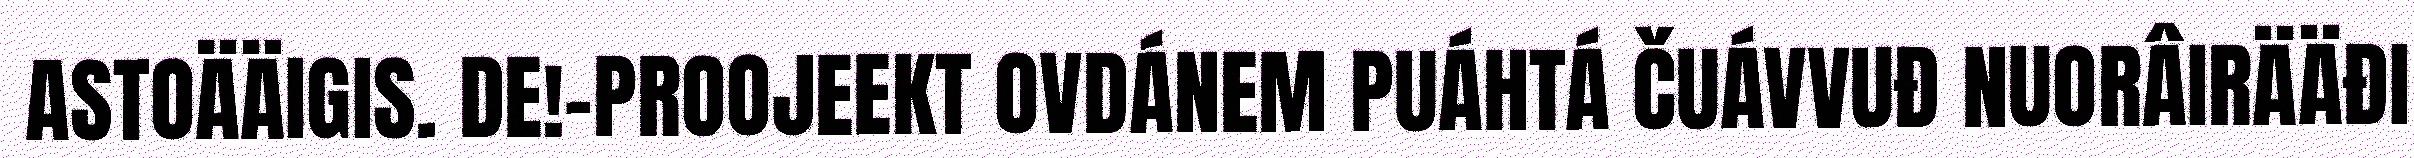
ASTOÄÄIGIS. DE!-PROOJEEKT OVDÁNEM PUÁHTÁ ČUÁVVUĐ NUORÂIRÄÄĐI